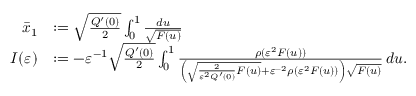
\begin{array} { r l } { \bar { x } _ { 1 } } & { : = \sqrt { \frac { Q ^ { \prime } ( 0 ) } { 2 } } \int _ { 0 } ^ { 1 } \frac { d u } { \sqrt { F ( u ) } } } \\ { I ( \varepsilon ) } & { : = - \varepsilon ^ { - 1 } \sqrt { \frac { Q ^ { \prime } ( 0 ) } { 2 } } \int _ { 0 } ^ { 1 } \frac { \rho ( \varepsilon ^ { 2 } F ( u ) ) } { \left( \sqrt { \frac { 2 } { \varepsilon ^ { 2 } Q ^ { \prime } ( 0 ) } F ( u ) } + \varepsilon ^ { - 2 } \rho ( \varepsilon ^ { 2 } F ( u ) ) \right) \sqrt { F ( u ) } } \, d u . } \end{array}